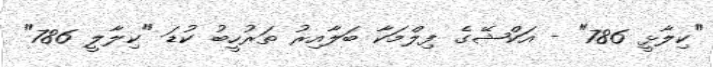
"ކިލާޅީ 786" - އަކްޝޭގެ ފިލްމަކާ ބަލާއިރު ތަރުހީބު ކުޑަ "ކިލާލީ 786"